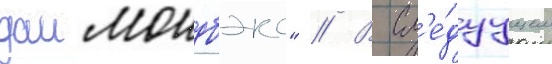
даимондбэкс" // В сл'е́дуущем